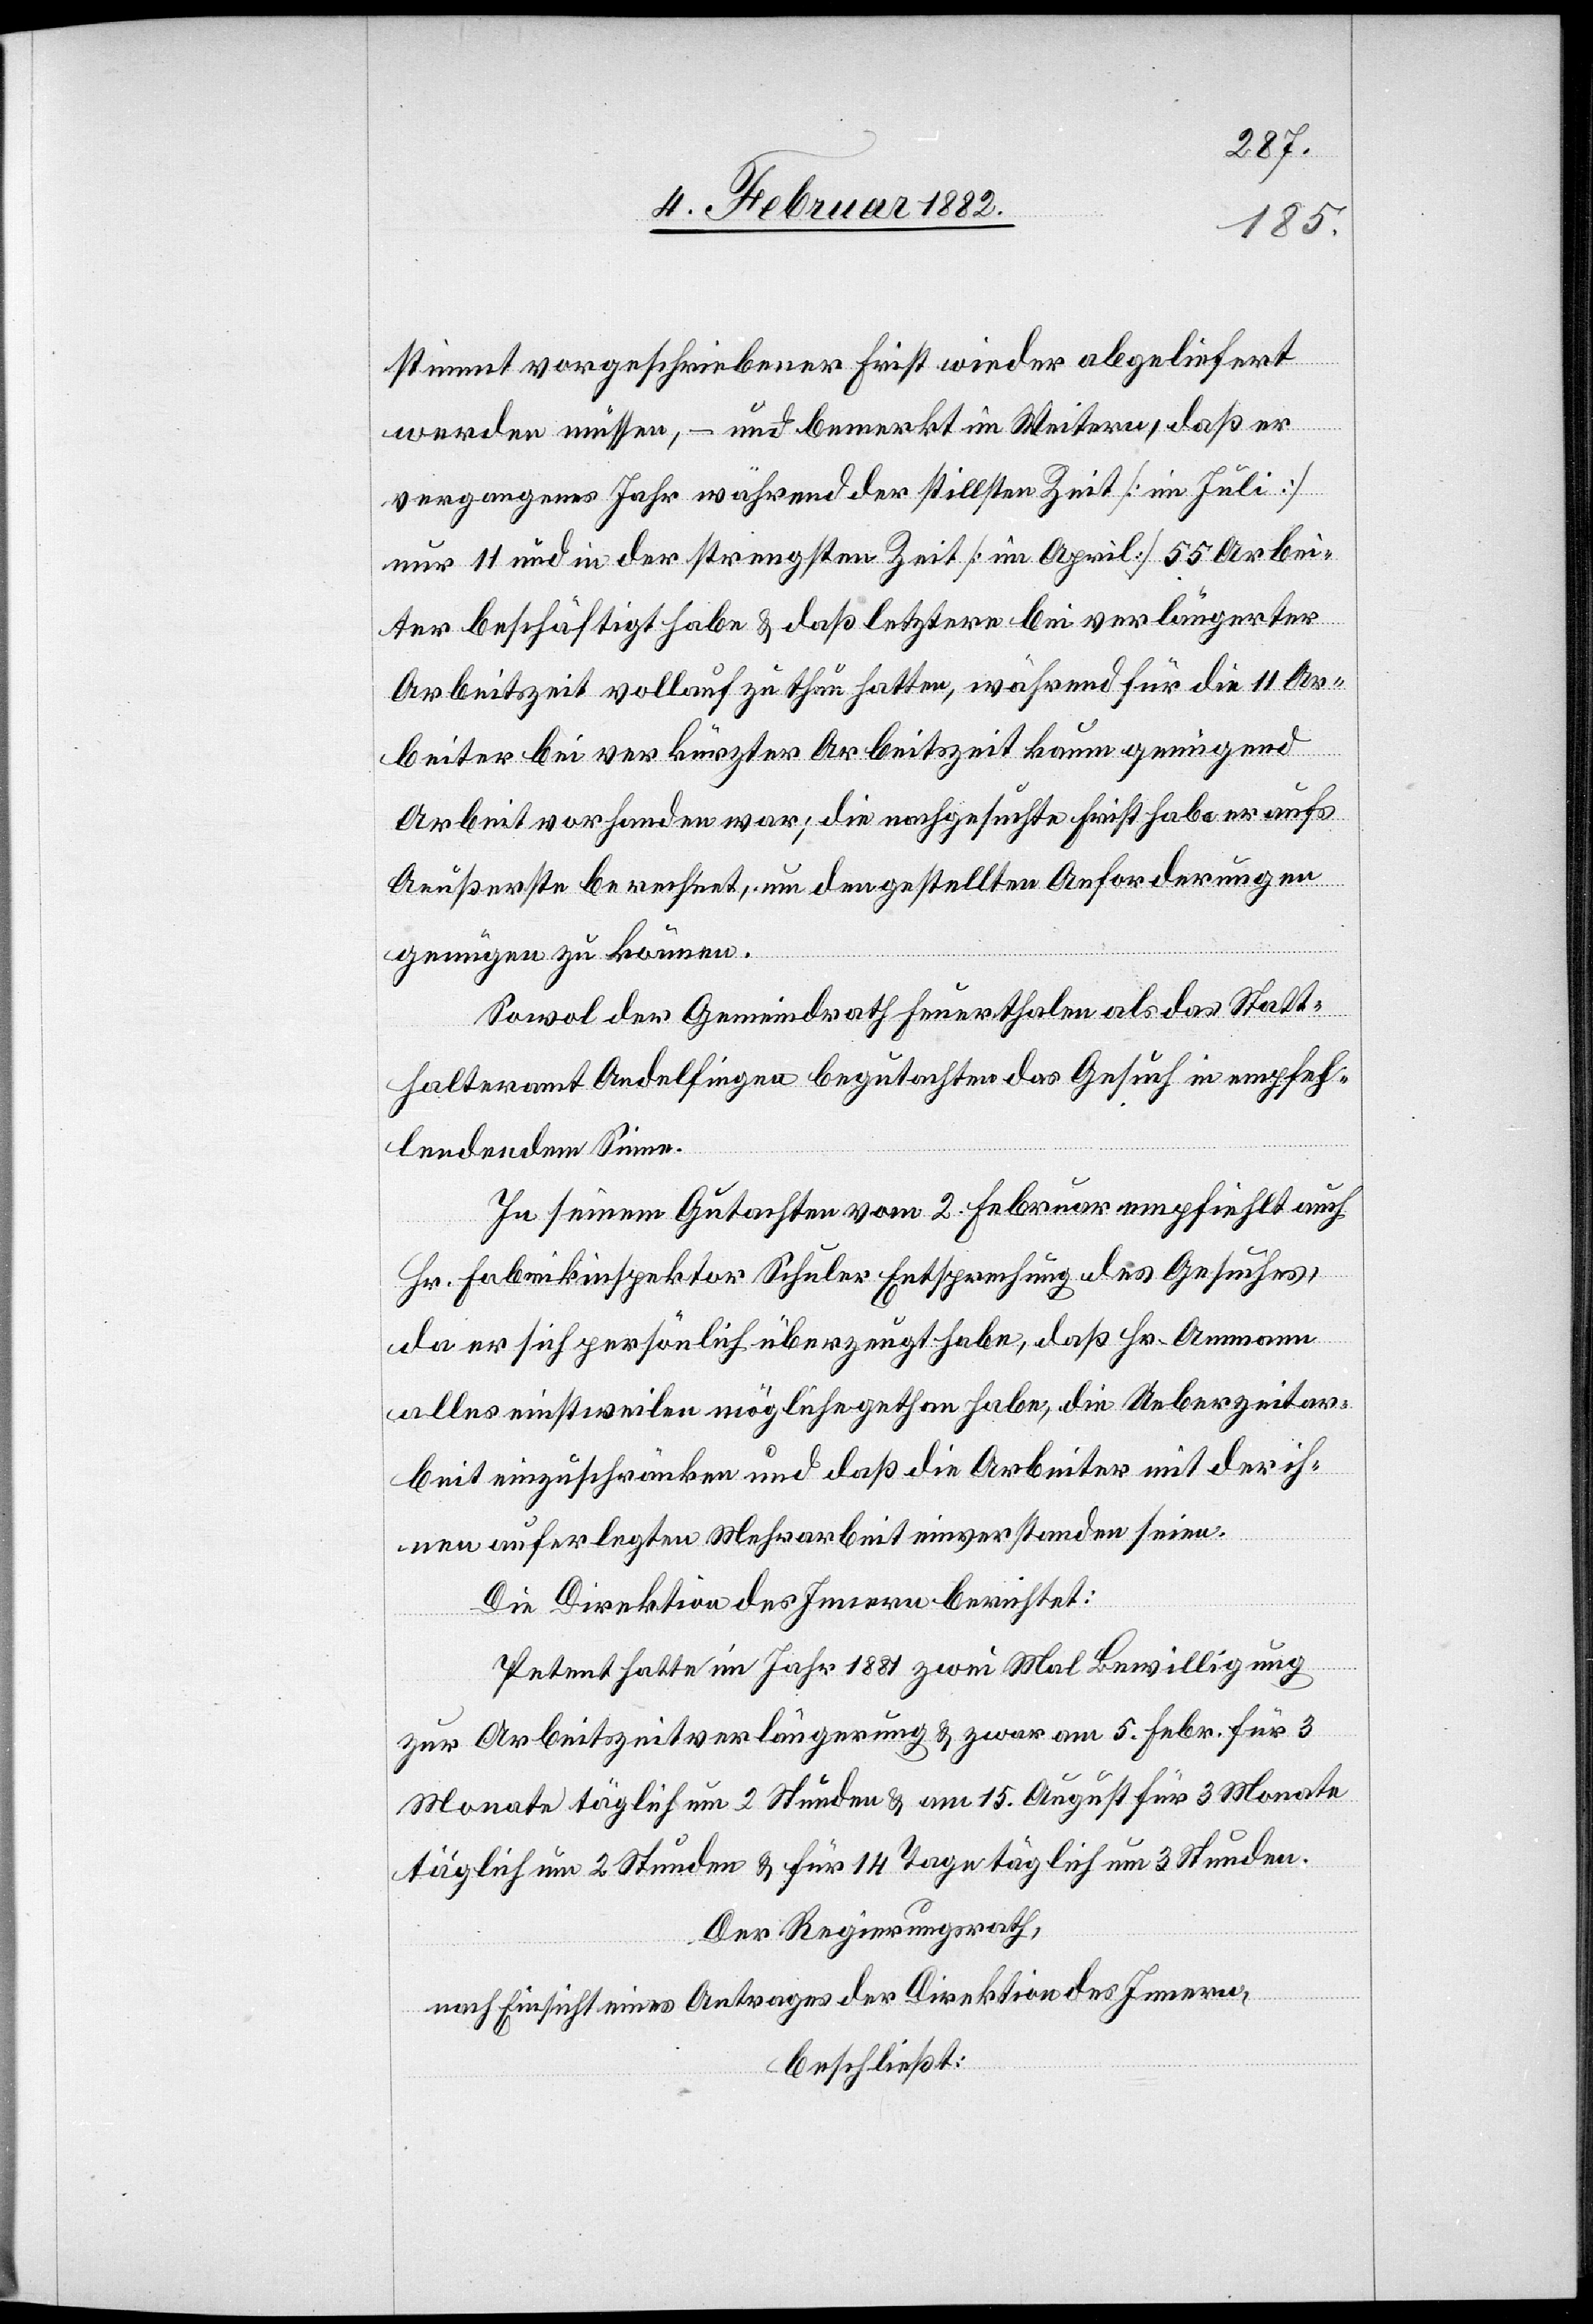
stimmt vorgeschriebener Frist wieder abgeliefert
werden müssen, & und bemerkt im Weiteren, daß er
vergangenes Jahr während der stillsten Zeit [im Juli]
nur 11 und in der strengsten Zeit [im April] 55 Arbei¬
ter beschäftigt habe & daß letztere bei verlängerter
Arbeitszeit vollauf zu thun hatten, wahrend für die 11 Ar¬
beiter bei verkürzter Arbeitszeit kaum genügend
Arbeit vorhanden war; die nachgesuchte Frist habe er aufs
äußerste berechnet, um den gestellten Anforderungen
genügen zu können.
Sowol der Gemeindrath Feuerthalen als das Statt¬
halteramt Andelfingen begutachten das Gesuch in empfeh¬
lendem Sinne.
In seinem Gutachten vom 2. Februar empfiehlt auch
Hr. Fabrikinspektor Schuler Entsprechung des Gesuches,
da er sich persönlich überzeugt habe, daß Hr. Ammann
alles einstweilen mögliche gethan habe, die Ueberzeitar¬
beit einzuschränken und daß die Arbeiter mit der ih¬
nen auferlegten Mehrarbeit einverstanden seien.
Die Direktion des Innern berichtet:
Petent hatte im Jahr 1881 zwei Mal Bewilligung
zur Arbeitszeitverlängerung & zwar am 5. Febr. für 3
Monate täglich um 2 Stunden & am 15. August für 3 Monate
täglich um 2 Stunden & für 14 Tage täglich um 3 Stunden.
Der Regierungsrath,
nach Einsicht eines Antrages der Direktion des Innern,
beschließt: